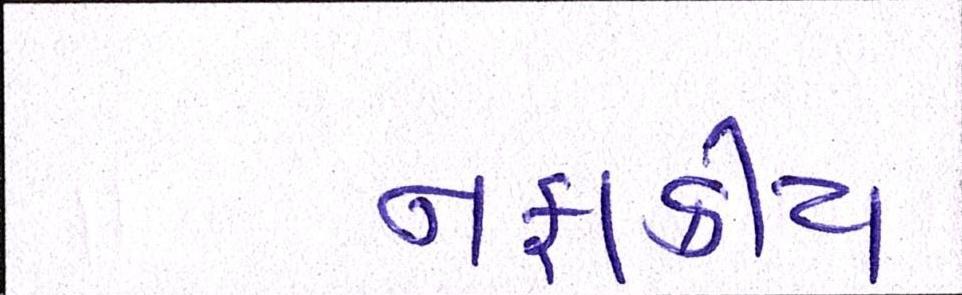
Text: નફાકીય